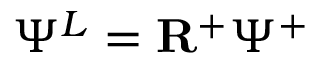
\Psi ^ { L } = \ensuremath { \mathbf { R } } ^ { + } \Psi ^ { + }